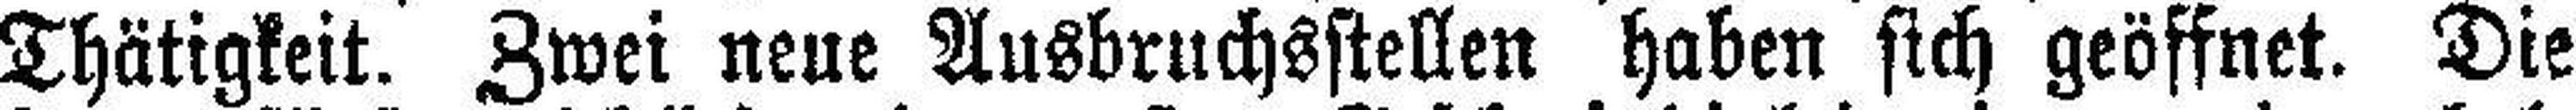
Thätigkeit. Zwei neue Ausbruchsstellen haben sich geöffnet. Die